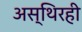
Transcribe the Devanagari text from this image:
अस्थिरही